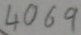
Text: 4069